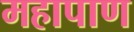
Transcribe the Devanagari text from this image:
महापाण